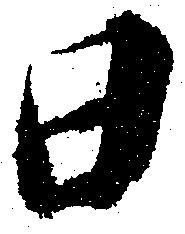
日